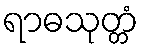
ရာဓသုတ္တံ